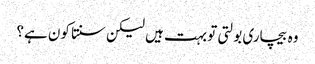
وہ بیچاری بولتی تو بہت ہیں لیکن سنتا کون ہے؟